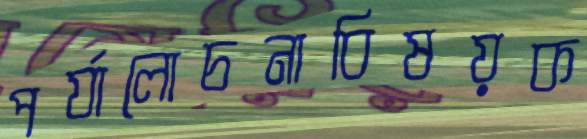
পর্যালোচনাবিষয়ক